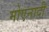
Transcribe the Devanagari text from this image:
मोएनादी